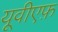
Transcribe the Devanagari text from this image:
यूवीएफ़